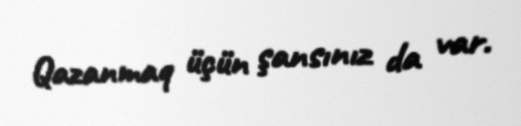
Qazanmaq üçün şansınız da var.